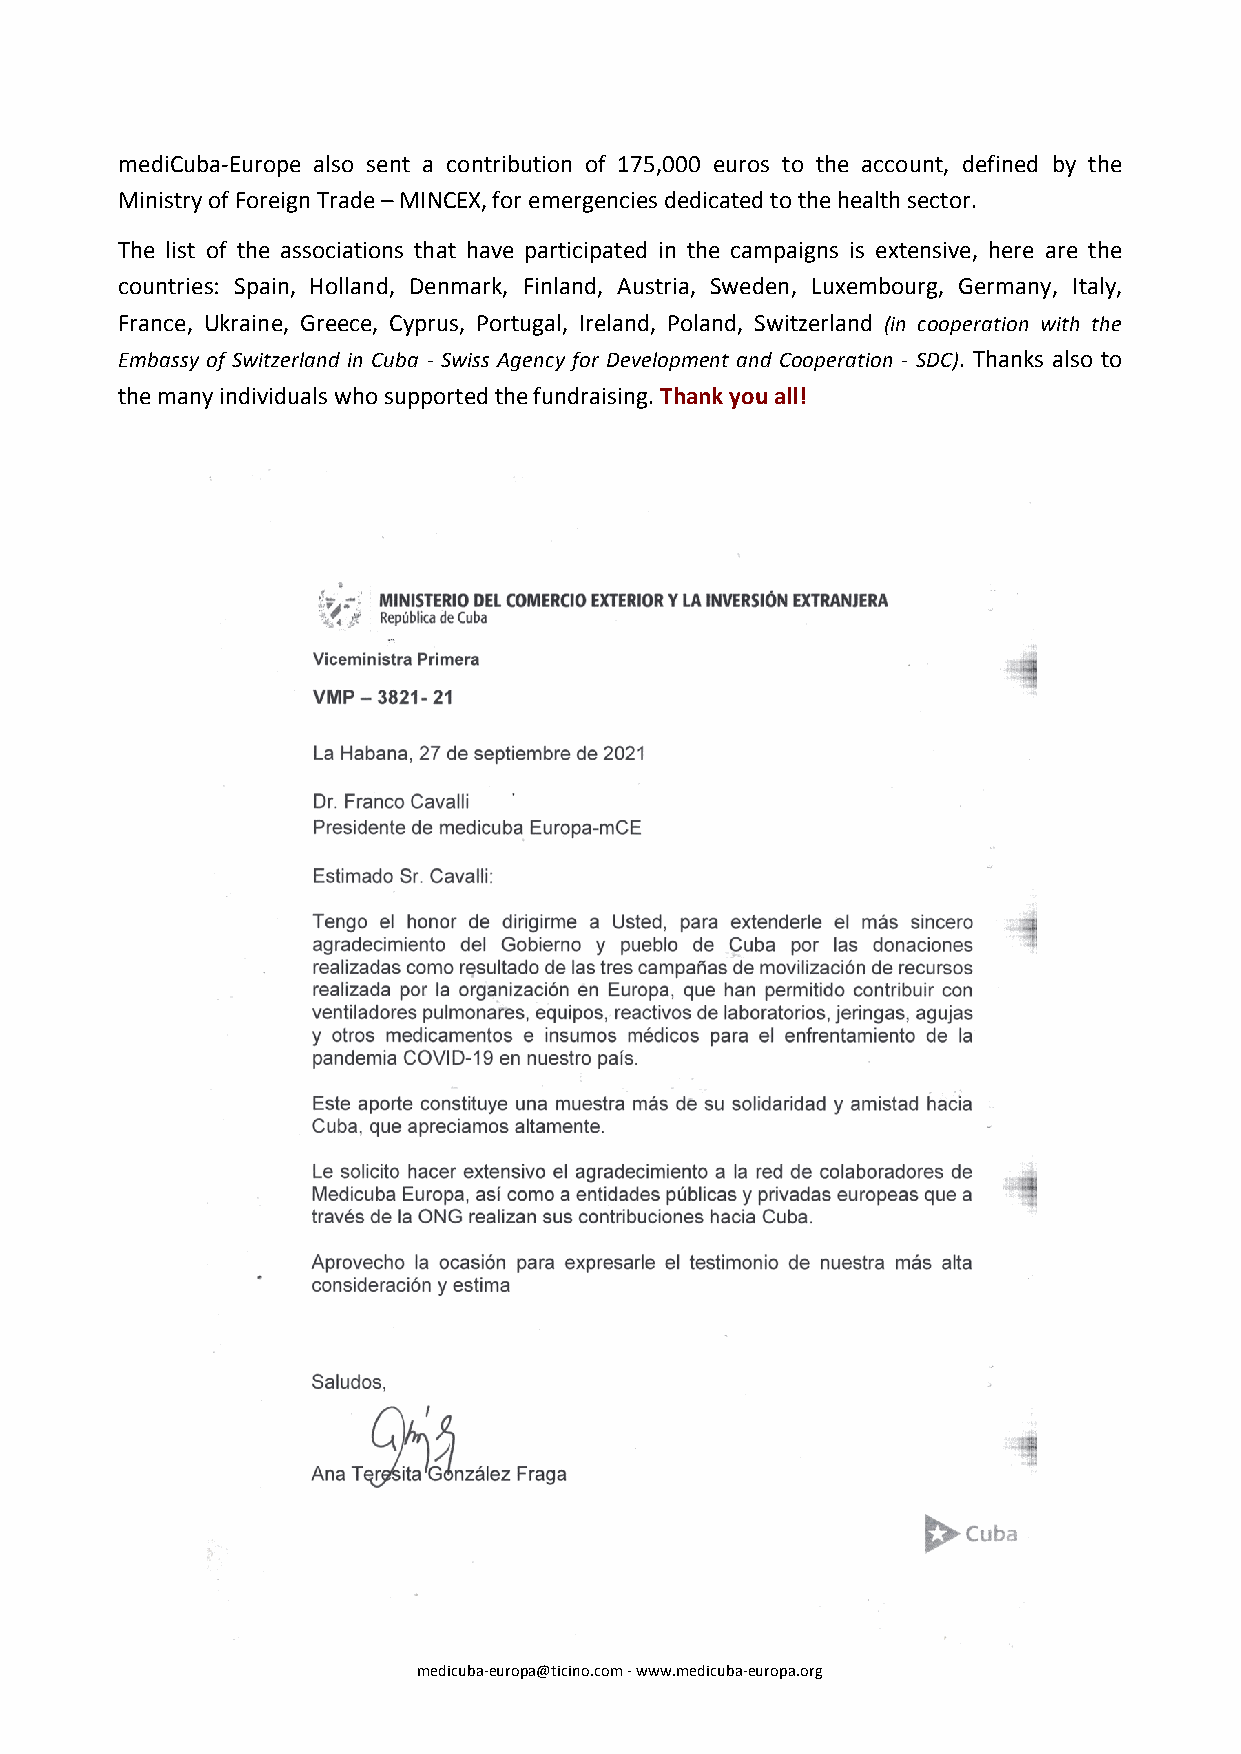
mediCuba-Europe also sent a contribution of 175,000 euros to the account, defined by the
 Ministry of Foreign Trade – MINCEX, for emergencies dedicated to the health sector.
 The list of the associations that have participated in the campaigns is extensive, here are the
 countries: Spain, Holland, Denmark, Finland, Austria, Sweden, Luxembourg, Germany, Italy,
 France, Ukraine, Greece, Cyprus, Portugal, Ireland, Poland, Switzerland (in cooperation with the
 Embassy of Switzerland in Cuba - Swiss Agency for Development and Cooperation - SDC). Thanks also to
 the many individuals who supported the fundraising. Thank you all!
 medicuba-europa@ticino.com - www.medicuba-europa.org